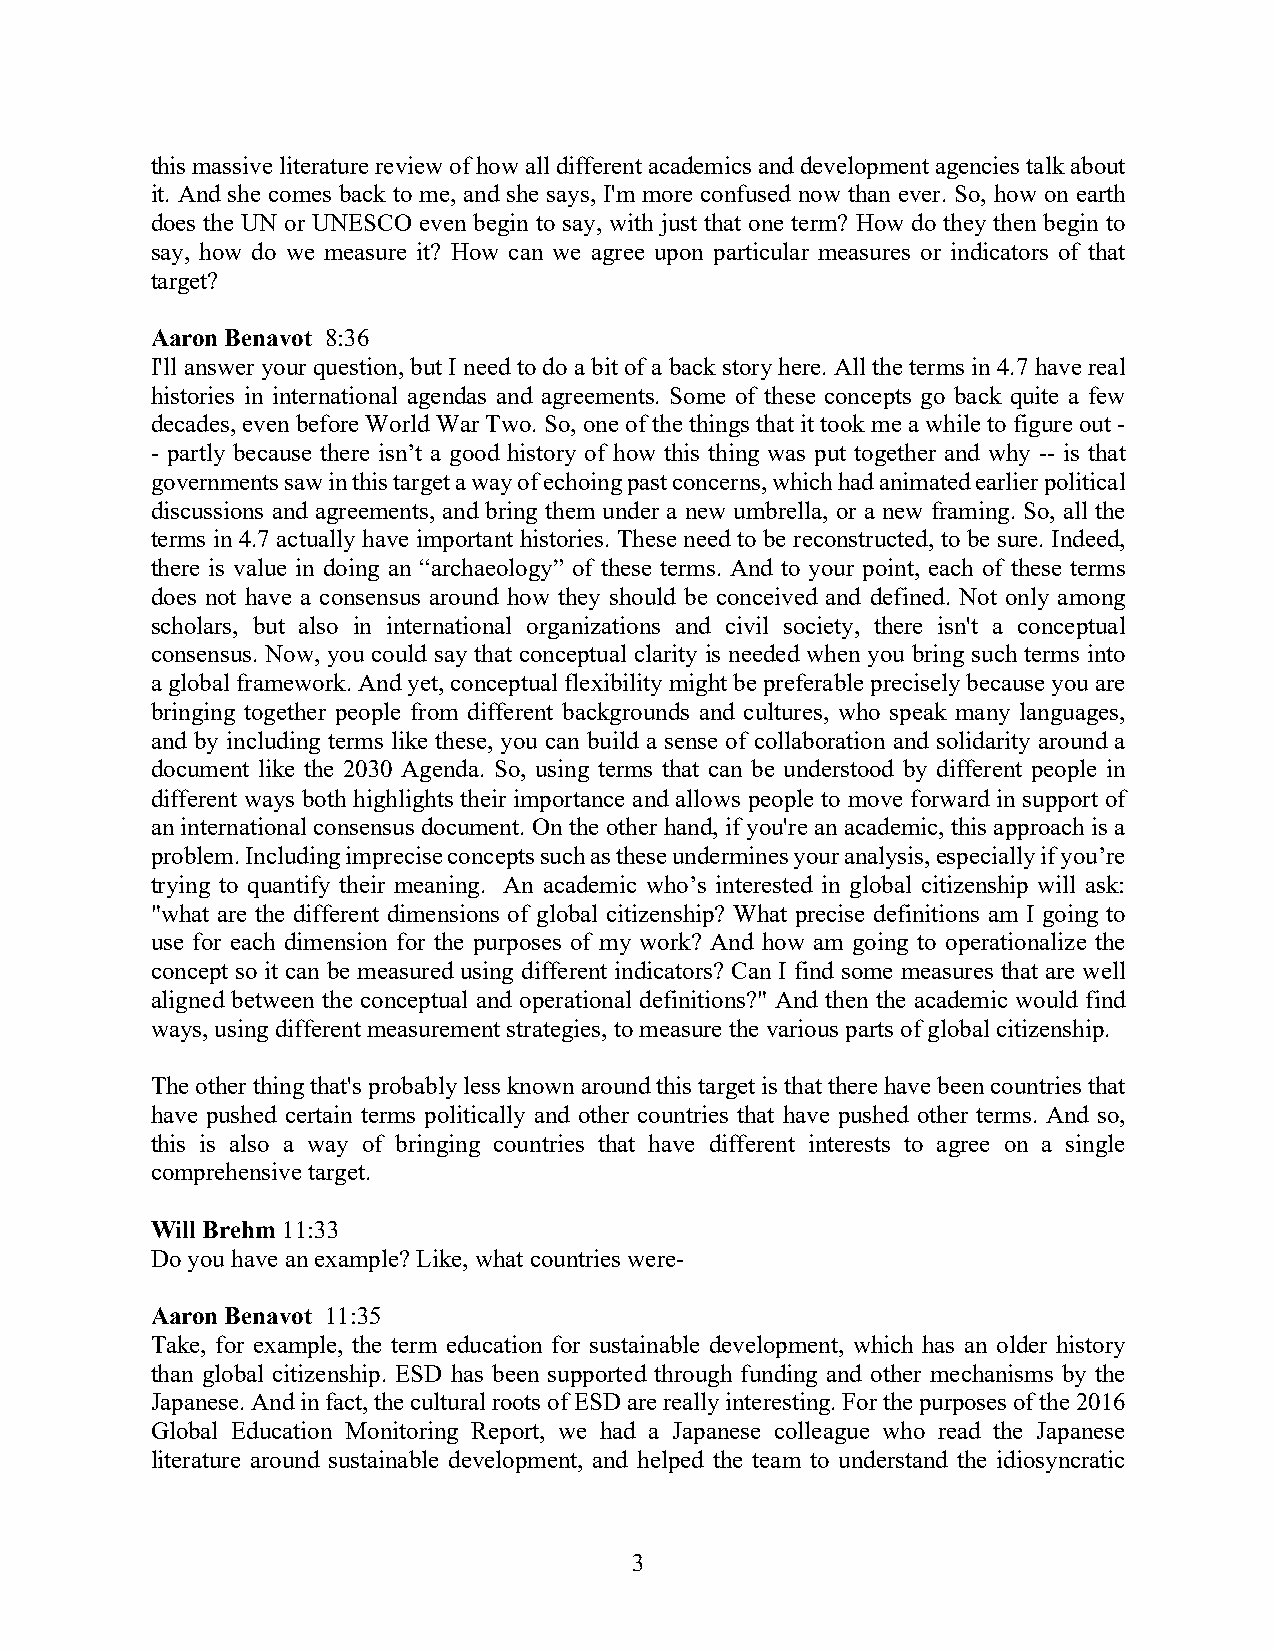
this massive literature review of how all different academics and development agencies talk about
 it. And she comes back to me, and she says, I'm more confused now than ever. So, how on earth
 does the UN or UNESCO even begin to say, with just that one term? How do they then begin to
 say, how do we measure it? How can we agree upon particular measures or indicators of that
 target?
 Aaron Benavot 8:36
 I'll answer your question, but I need to do a bit of a back story here. All the terms in 4.7 have real
 histories in international agendas and agreements. Some of these concepts go back quite a few
 decades, even before World War Two. So, one of the things that it took me a while to figure out -
 - partly because there isn’t a good history of how this thing was put together and why -- is that
 governments saw in this target a way of echoing past concerns, which had animated earlier political
 discussions and agreements, and bring them under a new umbrella, or a new framing. So, all the
 terms in 4.7 actually have important histories. These need to be reconstructed, to be sure. Indeed,
 there is value in doing an “archaeology” of these terms. And to your point, each of these terms
 does not have a consensus around how they should be conceived and defined. Not only among
 scholars, but also in international organizations and civil society, there isn't a conceptual
 consensus. Now, you could say that conceptual clarity is needed when you bring such terms into
 a global framework. And yet, conceptual flexibility might be preferable precisely because you are
 bringing together people from different backgrounds and cultures, who speak many languages,
 and by including terms like these, you can build a sense of collaboration and solidarity around a
 document like the 2030 Agenda. So, using terms that can be understood by different people in
 different ways both highlights their importance and allows people to move forward in support of
 an international consensus document. On the other hand, if you're an academic, this approach is a
 problem. Including imprecise concepts such as these undermines your analysis, especially if you’re
 trying to quantify their meaning. An academic who’s interested in global citizenship will ask:
 "what are the different dimensions of global citizenship? What precise definitions am I going to
 use for each dimension for the purposes of my work? And how am going to operationalize the
 concept so it can be measured using different indicators? Can I find some measures that are well
 aligned between the conceptual and operational definitions?" And then the academic would find
 ways, using different measurement strategies, to measure the various parts of global citizenship.
 The other thing that's probably less known around this target is that there have been countries that
 have pushed certain terms politically and other countries that have pushed other terms. And so,
 this is also a way of bringing countries that have different interests to agree on a single
 comprehensive target.
 Will Brehm 11:33
 Do you have an example? Like, what countries were-
 Aaron Benavot 11:35
 Take, for example, the term education for sustainable development, which has an older history
 than global citizenship. ESD has been supported through funding and other mechanisms by the
 Japanese. And in fact, the cultural roots of ESD are really interesting. For the purposes of the 2016
 Global Education Monitoring Report, we had a Japanese colleague who read the Japanese
 literature around sustainable development, and helped the team to understand the idiosyncratic
 3